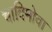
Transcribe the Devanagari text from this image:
चादिमोवा